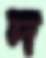
দ